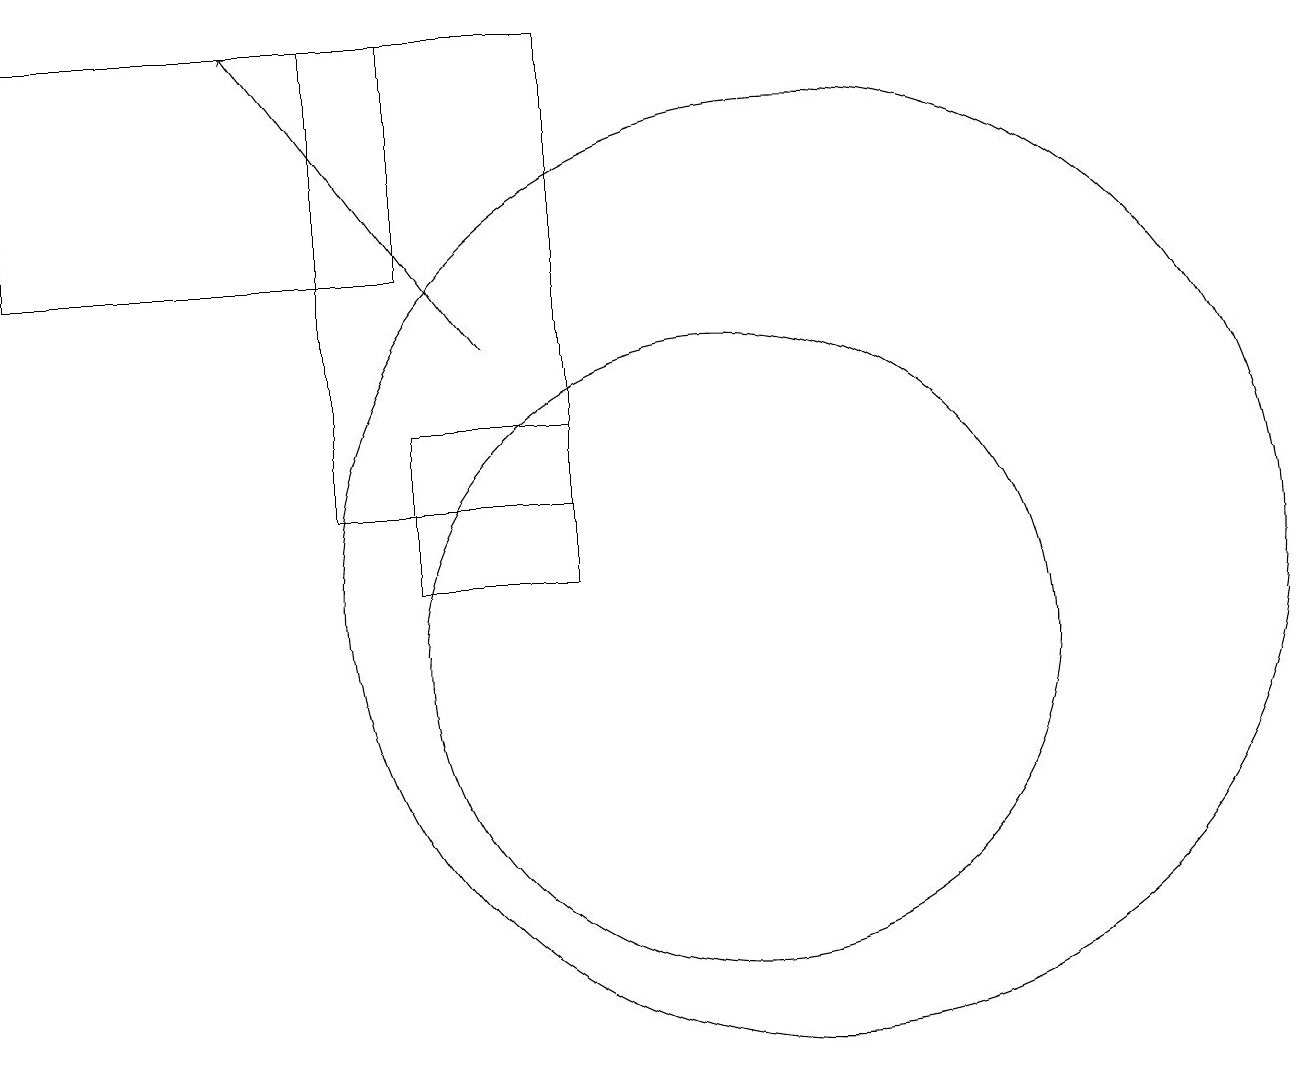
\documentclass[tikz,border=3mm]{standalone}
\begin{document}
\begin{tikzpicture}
\draw (1,18) rectangle (6,15);
\draw (5,12) rectangle (8,18);
\draw[->] (7,14) -- (4,18);
\draw (10,10) circle (4);
\draw (11,11) circle (6);
\draw (8,13) rectangle (6,11);
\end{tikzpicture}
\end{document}